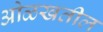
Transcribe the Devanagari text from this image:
ओळखतील